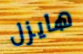
هايزل